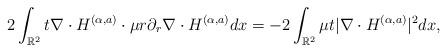
LaTeX: \begin{align*}2\int_{\mathbb{R}^2} t\nabla\cdot H^{(\alpha,a)}\cdot\mu r\partial_r\nabla\cdot H^{(\alpha,a)}dx=-2\int_{\mathbb{R}^2} \mu t|\nabla\cdot H^{(\alpha,a)}|^2 dx,\end{align*}